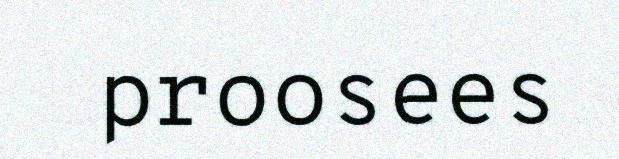
proosees